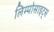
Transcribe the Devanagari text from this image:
लिम्पोसाइट्स